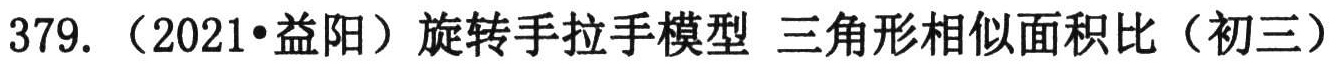
379. （2021•益阳）旋转手拉手模型 三角形相似面积比（初三）